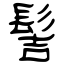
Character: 髻